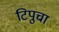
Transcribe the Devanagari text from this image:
टिपुचा